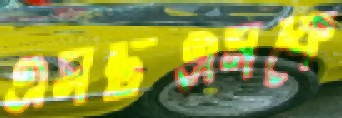
এসটিএমকে